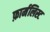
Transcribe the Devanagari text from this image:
फ़ार्मलिस्ट